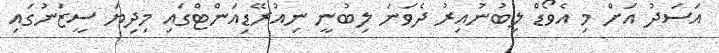
އަސަދު އަށް މި އެވޯޑް ލިބުނުއިރު ދެވަނަ ލިބުނީ ނިއުރޭޑިއަންޓްގައި މިދިޔަ ސީޒަނުގައި